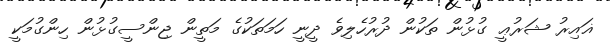
ޣައިރު ޝަރުޢީ ގުޅުން ތަކުން ދުރުހެލިވެ ދީނީ ހަމަތަކުގެ މަތީން ޖިންސީގުޅުން ހިންގުމަކީ